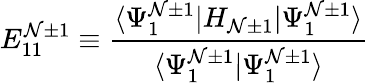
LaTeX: E_{11}^{\mathcal{N}\pm1}\equiv\frac{{\langle\Psi_{1}^{\mathcal{N}\pm1}|H_{\mathcal{N}\pm1}|\Psi_{1}^{\mathcal{N}\pm1}\rangle}}{{\langle\Psi_{1}^{\mathcal{N}\pm1}|\Psi_{1}^{\mathcal{N}\pm1}\rangle}}